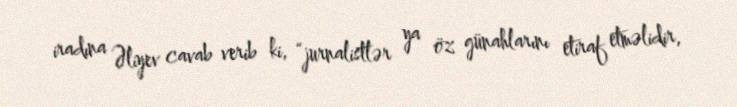
iradına Əliyev cavab verib ki, “jurnalistlər ya öz günahlarını etiraf etməlidir,